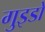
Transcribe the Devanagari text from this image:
गुइडो